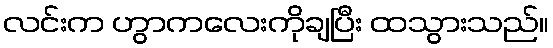
လင်းက ဟွာကလေးကိုချပြီး ထသွားသည်။